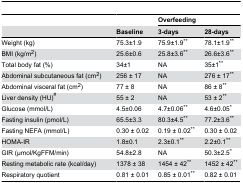
|  |  | <COLSPAN=2> Overfeeding |
 |  | Baseline | 3-days | 28-days |
 | --- | --- | --- | --- |
 | Weight (kg) | 75.3±1.9 | 75.9±1.9** | 78.1±1.9** |
 | BMI (kg/m2) | 25.6±0.6 | 25.8±3.6** | 26.6±3.6** |
 | Total body fat (%) | 34±1 | NA | 35±1** |
 | Abdominal subcutaneous fat (cm2) | 256 ± 17 | NA | 276 ± 17** |
 | Abdominal visceral fat (cm2) | 77 ± 8 | NA | 86 ± 8** |
 | Liver density (HU)# | 55 ± 2 | NA | 53 ± 2** |
 | Glucose (mmol/L) | 4.5±0.06 | 4.7±0.06** | 4.6±0.05* |
 | Fasting insulin (pmol/L) | 65.5±3.3 | 80.3±4.5** | 77.2±3.6** |
 | Fasting NEFA (mmol/L) | 0.30 ± 0.02 | 0.19 ± 0.02** | 0.30 ± 0.02 |
 | HOMA-IR | 1.8±0.1 | 2.3±0.1** | 2.2±0.1** |
 | GIR (μmol/KgFFM/min) | 54.8±2.8 | NA | 50.3±2.5* |
 | Resting metabolic rate (kcal/day) | 1378 ± 38 | 1454 ± 42** | 1452 ± 42** |
 | Respiratory quotient | 0.81 ± 0.01 | 0.85 ± 0.01** | 0.82 ± 0.01 |